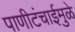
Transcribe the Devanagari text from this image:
पाणीटंचाईमुळे